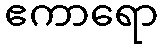
ဧကာရော